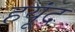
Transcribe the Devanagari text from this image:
हयूंद